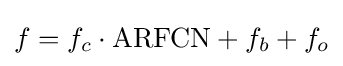
f=f_{c}\cdot \mathrm {ARFCN} +f_{b}+f_{o}